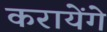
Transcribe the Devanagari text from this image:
करायेंगे